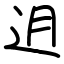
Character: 迌